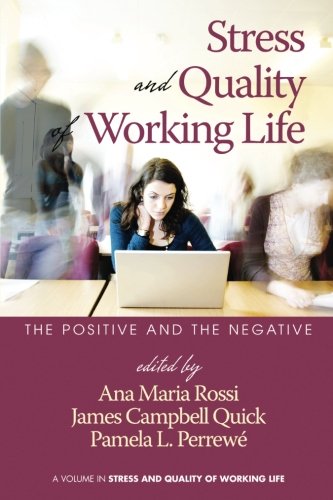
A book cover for Stress and Quality of Working Life: The Positive and The Negative; Health, Fitness & Dieting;